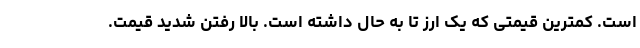
است. کمترین قیمتی که یک ارز تا به حال داشته است. بالا رفتن شدید قیمت.